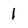
Character: 1